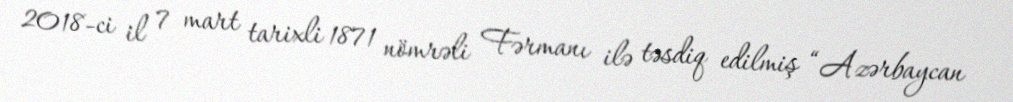
2018-ci il 7 mart tarixli 1871 nömrəli Fərmanı ilə təsdiq edilmiş “Azərbaycan